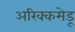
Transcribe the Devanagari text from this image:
अरिक्कमेडू